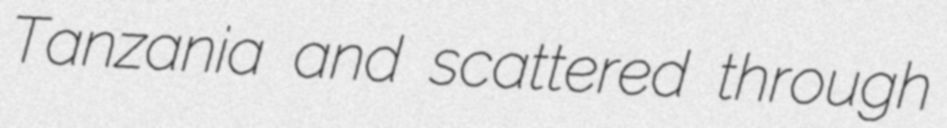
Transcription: Tanzania and scattered through